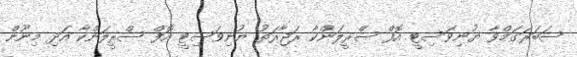
ސަބަރަގަމްވާ ޔުނިވަސިޓީ އޮފް ސްރީލަންކާ ރަޖާރަތު ޔުނިވަސިޓީ އޮފް ސްރީލަންކާ އަދި މިނޫން